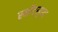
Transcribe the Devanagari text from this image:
स्कॉटसुध्दा